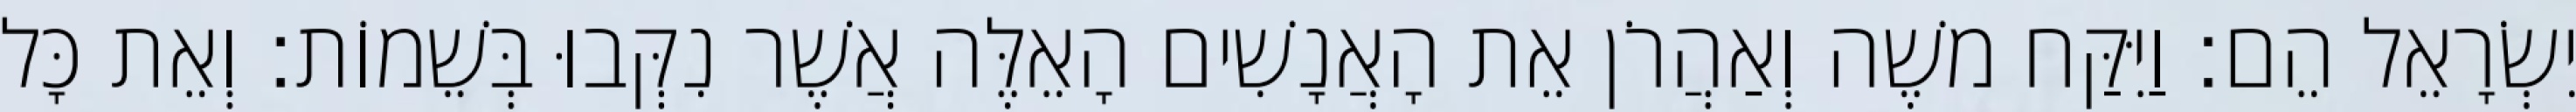
יִשְׂרָאֵל הֵם׃ וַיִּקַּח משֶׁה וְאַהֲרֹן אֵת הָאֲנָשִׁים הָאֵלֶּה אֲשֶׁר נִקְּבוּ בְּשֵׁמוֹת׃ וְאֵת כָּל